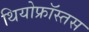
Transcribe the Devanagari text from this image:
थियोफ्रॉस्तस